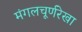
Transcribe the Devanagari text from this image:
मंगलचूर्णरेखा